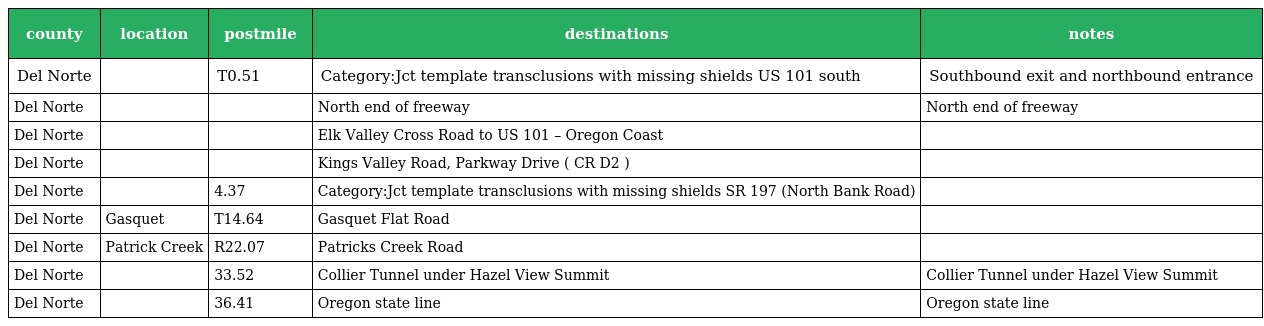
| county | location | postmile | destinations | notes |
 | --- | --- | --- | --- | --- |
 | Del Norte |  | T0.51 | Category:Jct template transclusions with missing shields US 101 south | Southbound exit and northbound entrance |
 | Del Norte |  |  | North end of freeway | North end of freeway |
 | Del Norte |  |  | Elk Valley Cross Road to US 101 – Oregon Coast |  |
 | Del Norte |  |  | Kings Valley Road, Parkway Drive ( CR D2 ) |  |
 | Del Norte |  | 4.37 | Category:Jct template transclusions with missing shields SR 197 (North Bank Road) |  |
 | Del Norte | Gasquet | T14.64 | Gasquet Flat Road |  |
 | Del Norte | Patrick Creek | R22.07 | Patricks Creek Road |  |
 | Del Norte |  | 33.52 | Collier Tunnel under Hazel View Summit | Collier Tunnel under Hazel View Summit |
 | Del Norte |  | 36.41 | Oregon state line | Oregon state line |